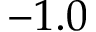
- 1 . 0